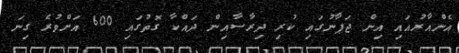
އެންއާރުއައި އިން ޖަޕާނުގައި ކުރި ދިރާސާއިން ދައްކާ ގޮތުގައި 600 އަށްވުރެ ގިނަ